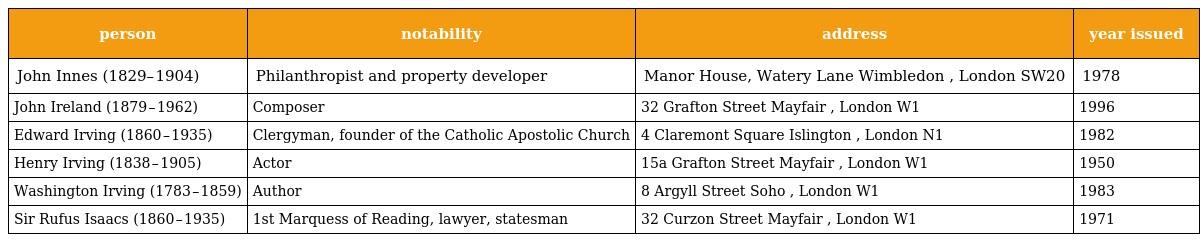
| person | notability | address | year issued |
 | --- | --- | --- | --- |
 | John Innes (1829– 1904) | Philanthropist and property developer | Manor House, Watery Lane Wimbledon , London SW20 | 1978 |
 | John Ireland (1879 – 1962) | Composer | 32 Grafton Street Mayfair , London W1 | 1996 |
 | Edward Irving (1860 – 1935) | Clergyman, founder of the Catholic Apostolic Church | 4 Claremont Square Islington , London N1 | 1982 |
 | Henry Irving (1838 – 1905) | Actor | 15a Grafton Street Mayfair , London W1 | 1950 |
 | Washington Irving (1783 – 1859) | Author | 8 Argyll Street Soho , London W1 | 1983 |
 | Sir Rufus Isaacs (1860 – 1935) | 1st Marquess of Reading, lawyer, statesman | 32 Curzon Street Mayfair , London W1 | 1971 |